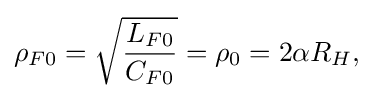
\rho _{F0}={\sqrt {\frac {L_{F0}}{C_{F0}}}}=\rho _{0}=2\alpha R_{H},\